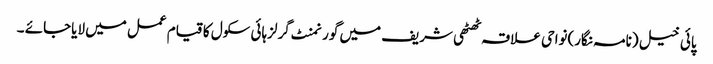
پائی خیل (نامہ نگار)نواحی علاقہ ٹھٹھی شریف میں گورنمنٹ گرلزہائی سکول کا قیام عمل میں لایاجائے ۔